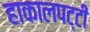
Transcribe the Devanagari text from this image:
हाकालपट्टी